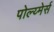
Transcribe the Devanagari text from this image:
पोल्य्मेर्स